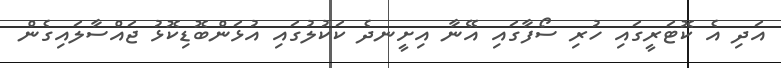
އަދި އެ ކޮޓަރީގައި ހުރި ސޯފާގައި އޭނާ އިށީނދެ ކަކުލުގައި އުޅަންބޮޑިކޮޅު ޖައްސާލައިގެން